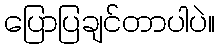
ပြောပြချင်တာပါပဲ။